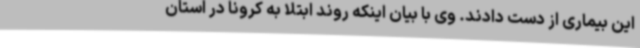
این بیماری از دست دادند. وی با بیان اینکه روند ابتلا به کرونا در استان